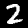
Label: 2